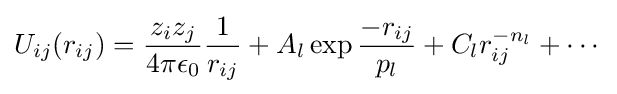
U_{ij}(r_{ij})={\frac {z_{i}z_{j}}{4\pi \epsilon _{0}}}{\frac {1}{r_{ij}}}+A_{l}\exp {\frac {-r_{ij}}{p_{l}}}+C_{l}r_{ij}^{-n_{l}}+\cdots